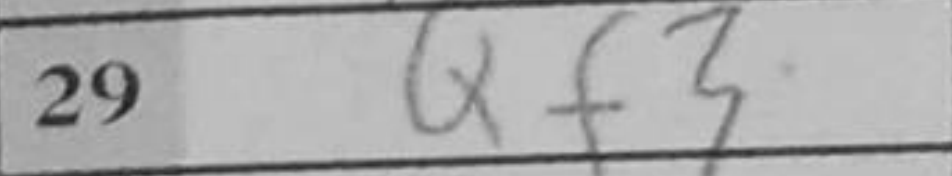
Transcription: Qf3